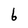
Character: 6